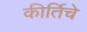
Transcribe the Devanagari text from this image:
कीर्तिचे